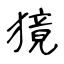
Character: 獍